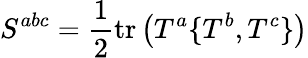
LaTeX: S^{abc}={\frac{1}{2}}\mathrm{tr}\left(T^{a}\{ T^{b},T^{c}\} \right)